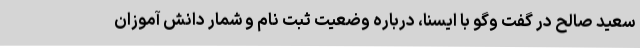
سعید صالح در گفت وگو با ایسنا، درباره وضعیت ثبت نام و شمار دانش آموزان